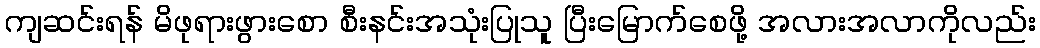
ကျဆင်းရန် မိဖုရားဖွားစော စီးနင်းအသုံးပြုသူ ပြီးမြောက်စေဖို့ အလားအလာကိုလည်း